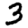
Digit: 3